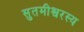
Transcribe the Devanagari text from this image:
सुतमीश्वरस्य